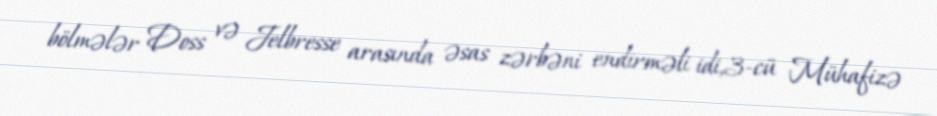
bölmələr Doss və Jelbresse arasında əsas zərbəni endirməli idi,3-cü Mühafizə